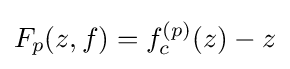
F_{p}(z,f)=f_{c}^{(p)}(z)-z